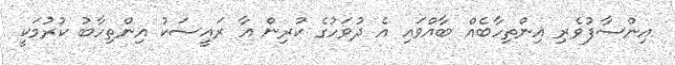
އިންސާފުވެރި އިންތިހާބެއް ބާއްވައި އެ ދުވަހުގެ ކުރިން އާ ރައީސަކު އިންތިހާބު ކުރުމަކީ